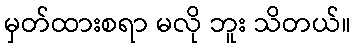
မှတ်ထားစရာ မလို ဘူး သိတယ်။